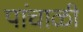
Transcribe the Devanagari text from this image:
पांचाळी